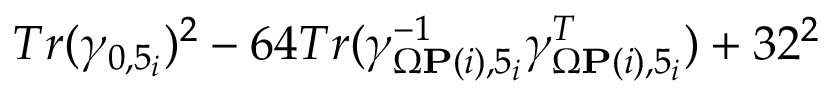
T r ( \gamma _ { 0 , 5 _ { i } } ) ^ { 2 } - 6 4 T r ( \gamma _ { \Omega { \bf P } ( i ) , 5 _ { i } } ^ { - 1 } \gamma _ { \Omega { \bf P } ( i ) , 5 _ { i } } ^ { T } ) + 3 2 ^ { 2 }